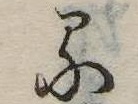
る